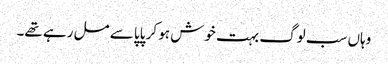
وہاں سب لوگ بہت خوش ہو کر پاپا سے مل رہے تھے۔